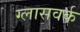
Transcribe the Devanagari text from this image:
ग्लासवर्क